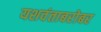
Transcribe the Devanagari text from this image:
यशवंताबरोबर